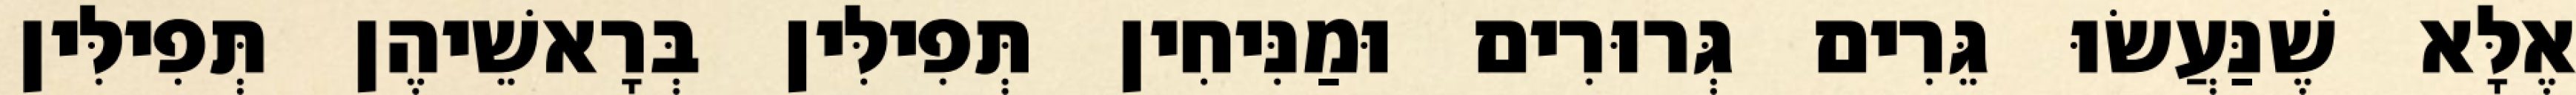
אֶלָּא שֶׁנַּעֲשׂוּ גֵּרִים גְּרוּרִים וּמַנִּיחִין תְּפִילִּין בְּרָאשֵׁיהֶן תְּפִילִּין